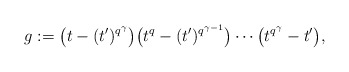
\begin{align*} g := \bigl(t-(t')^{q^\gamma}\bigr) \bigl(t^q-(t')^{q^{\gamma-1}}\bigr) \dotsb \bigl(t^{q^\gamma}-t'\bigr), \end{align*}